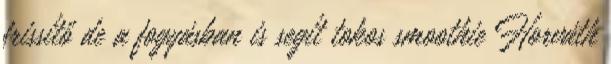
frissítő de a fogyásban is segít tokos smoothie Horváth